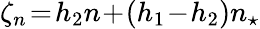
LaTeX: \zeta_{n}\! =\! h_{2}n\! +\! (h_{1}\! -\! h_{2})n_{\star}